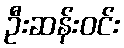
ဦးဆန်းဝင်း